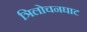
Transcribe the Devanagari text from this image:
त्रिलोचनघाट